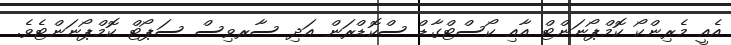
އެއީ މެރިންކޯ ކޮމްޕޯނަންޓް އާއި ކޯސްޓްގާޑް ސްކޮޑްރަން އަދި ސާރވިސް ސަޕޯޓް ކޮމްޕޯނަންޓެވެ.